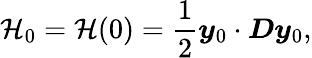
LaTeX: \mathcal{H}_{0}=\mathcal{H}(0)=\frac{1}{2}\boldsymbol{y}_{0}\cdot\boldsymbol{D}\boldsymbol{y}_{0},